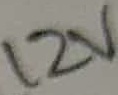
Text: 12V